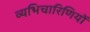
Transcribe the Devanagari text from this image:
व्यभिचारिणियों